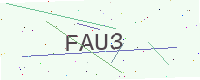
Text: FAU3